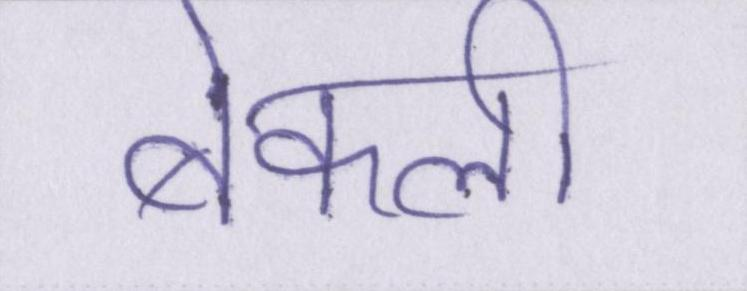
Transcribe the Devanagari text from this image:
बेकली